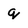
Character: q